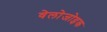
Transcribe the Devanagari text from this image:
वेलोजोइक